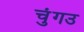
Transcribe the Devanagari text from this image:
चुंगउ